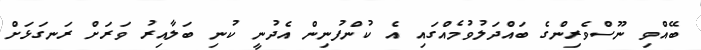
ބޭއްވި ނޫސްވެރިންގެ ބައްދަލުވުމެއްގައި އެ ކުންފުނިން އެދުނީ ކުނި ބަލާއިރު ވަރަށް ރަނގަޅަށް